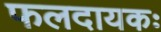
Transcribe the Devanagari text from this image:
फलदायकः